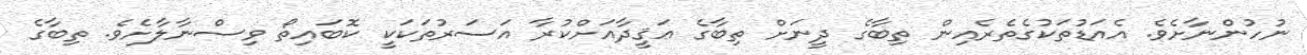
ނުހުންނާށެވެ. އެއަޑުތަކުގެތެރެއިން ތިބާގެ ދީނަށް ތިބާގެ ޢަޤީދާއަށްކުރާ އަސަރުތަކަކީ ކޮބައިތޯ ވިސްނާލާށެވެ. ތިބާގެ